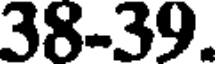
38-39.